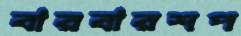
বারবারশপ